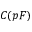
C ( p F )